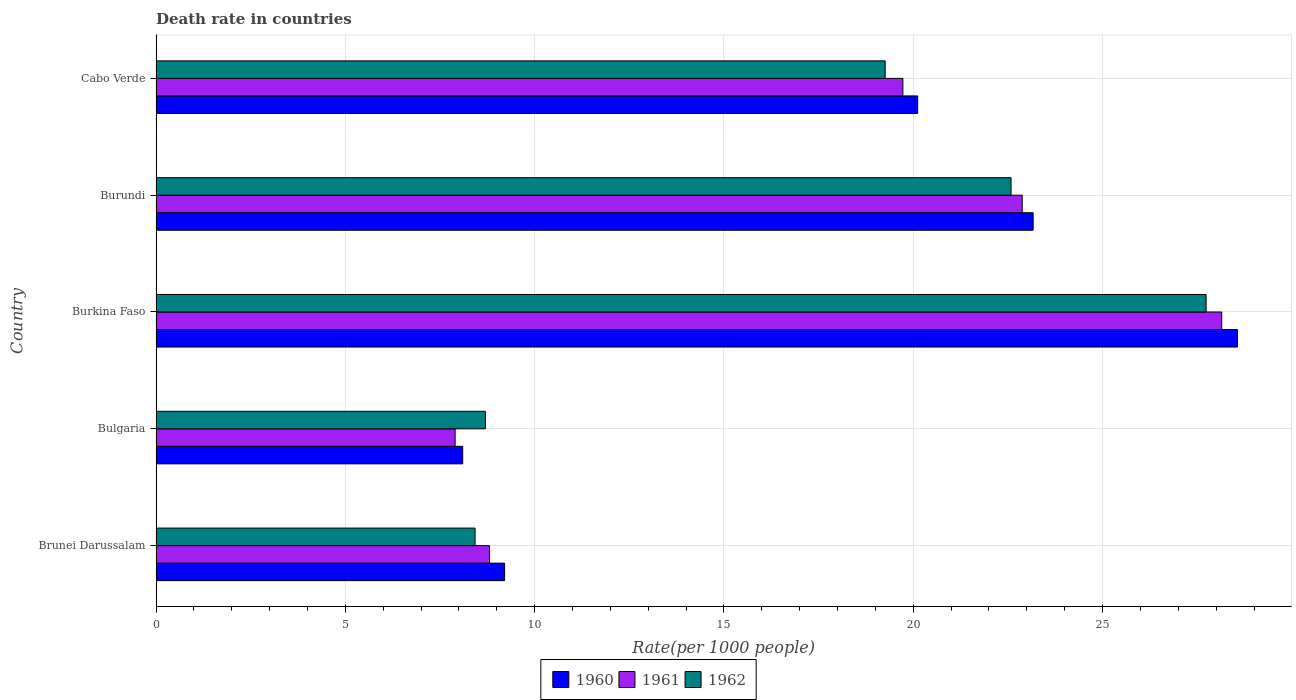
| Country | 1960 | 1961 | 1962 |
 | --- | --- | --- | --- |
 | Brunei Darussalam | 9.21 | 8.81 | 8.43 |
 | Bulgaria | 8.1 | 7.9 | 8.7 |
 | Burkina Faso | 28.6 | 28.1 | 27.7 |
 | Burundi | 23.2 | 22.9 | 22.6 |
 | Cabo Verde | 20.1 | 19.7 | 19.3 |